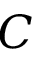
C